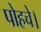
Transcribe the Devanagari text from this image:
पोहचे।